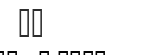
١٠